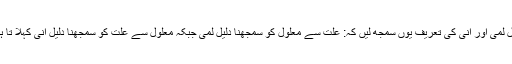
دلیل لمی اور انی کی تعریف یوں سمجھ لیں کہ: علت سے معلول کو سمجھنا دلیل لمی جبکہ معلول سے علت کو سمجھنا دلیل انی کہلا تا ہے۔